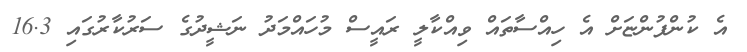
އެ ކުންފުންޏަށް އެ ހިއްސާތައް ވިއްކާލީ ރައީސް މުހައްމަދު ނަޝީދުގެ ސަރުކާރުގައި 16.3